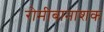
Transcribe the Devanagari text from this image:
रोमीबानाशक